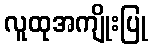
လူထုအကျိုးပြု